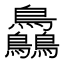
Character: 𪈼